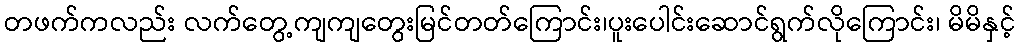
တဖက်ကလည်း လက်တွေ့ကျကျတွေးမြင်တတ်ကြောင်း၊ပူးပေါင်းဆောင်ရွက်လိုကြောင်း၊ မိမိနှင့်